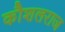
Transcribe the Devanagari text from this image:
कौशलराज